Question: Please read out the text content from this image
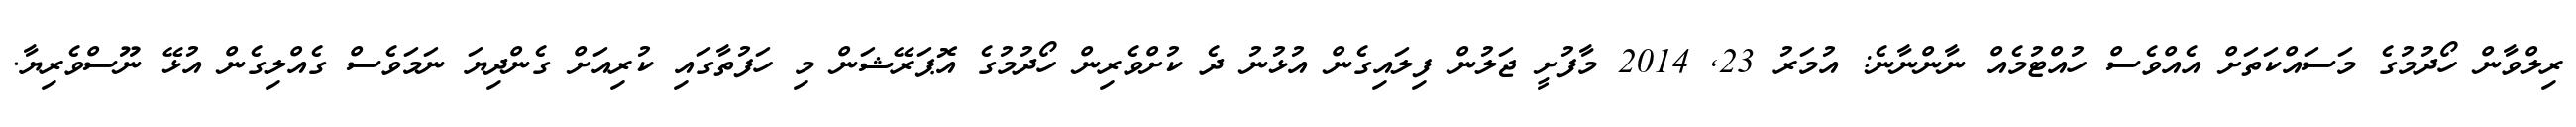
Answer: ރިލްވާން ހޯދުމުގެ މަސައްކަތަށް އެއްވެސް ހުއްޓުމެއް ނާންނާނެ: އުމަރު 23, 2014 މާފުށީ ޖަލުން ފިލައިގެން އުޅުނު ދެ ކުށްވެރިން ހޯދުމުގެ އޮޕަރޭޝަން މި ހަފުތާގައި ކުރިއަށް ގެންދިޔަ ނަމަވެސް ގެއްލިގެން އުޅޭ ނޫސްވެރިޔާ.